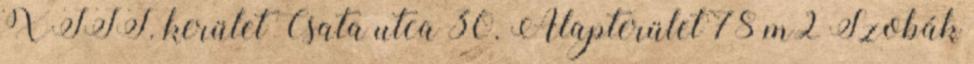
XIII. kerület Csata utca 30. Alapterület 78 m2 Szobák